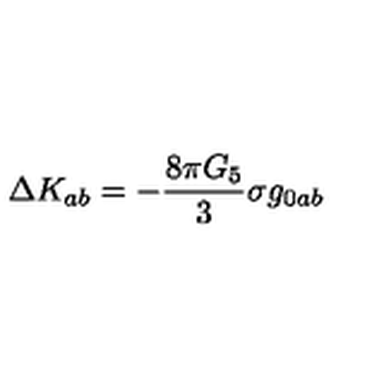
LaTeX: \Delta K _ { a b } = - \frac { 8 \pi G _ { 5 } } { 3 } \sigma g _ { 0 a b }